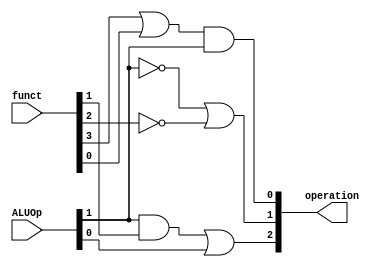
module alucontrol(operation, funct, ALUOp);
    output [2:0] operation;
    input [5:0] funct;
    input [1:0] ALUOp;
    assign operation[2] = (ALUOp[1] & funct[1]) | ALUOp[0];
    assign operation[1] = (~ALUOp[1]) | (~funct[2]);
    assign operation[0] = (funct[3] | funct[0]) & ALUOp[1]; 
endmodule

module ALUctrlTest;
    reg [5:0] funct;
    wire [2:0] operation;
    reg [1:0] ALUOp;
    alucontrol a1(operation,funct,ALUOp);
    initial 
        begin
            $monitor($time,"\t funct=%b \t APUOp=%b \t operation=%b\n",funct,ALUOp,operation);
            #0 funct=6'b000000; ALUOp=2'b00;
            #10 funct=6'b000000; ALUOp=2'b01;
            #10 funct=6'b000000; ALUOp=2'b10; 
            #10 funct=6'b000010; ALUOp=2'b10;
            #10 funct=6'b000100; ALUOp=2'b10;
            #10 funct=6'b000101; ALUOp=2'b10;
            #10 funct=6'b001010; ALUOp=2'b10; 
        end
endmodule